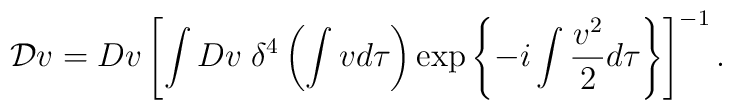
{\cal D}v=Dv\left[\int Dv\; \delta^4\left(\int v  d\tau\right) \exp\left\{-i\int \frac{v^2}{2}d\tau\right\}\right]^{-1}.